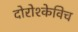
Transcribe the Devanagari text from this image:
दोरोश्केविच